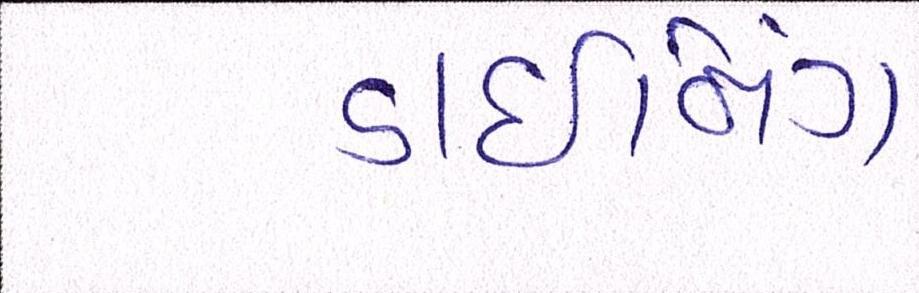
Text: ડાઈનિંગ